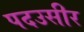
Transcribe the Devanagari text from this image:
पदउसीर